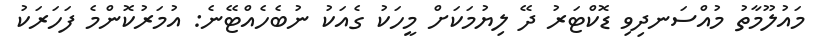
މައުލޫމާތު މުއްސަނދިވި ޑޮކްޓަރު ދޭ ލިޔުމަކަށް މީހަކު ގެއަކު ނުބެހެއްޓޭނެ: އުމަރުކޮންމެ ފަހަރަކު